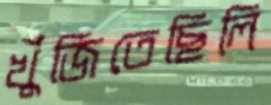
খুঁজিতেছিলি